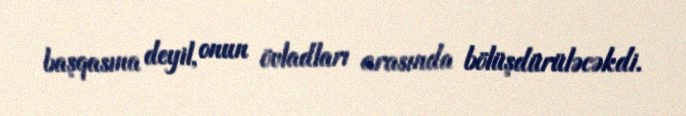
başqasına deyil, onun övladları arasında bölüşdürüləcəkdi.